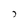
Character: 7